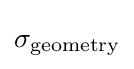
\sigma _{\text{geometry}}